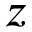
z